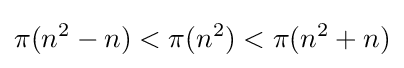
\pi (n^{2}-n)<\pi (n^{2})<\pi (n^{2}+n)